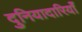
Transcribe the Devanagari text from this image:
दुनियादारियाँ